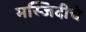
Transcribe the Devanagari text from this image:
मस्जिदीचे